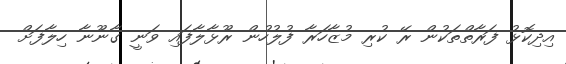
އިދިކޮޅު ފަރާތްތަކުން ރޭ ކުރި މުޒާހަރާ ފުލުހުން ރޫޅާލާފައި ވަނީ ގާނޫނާ ހިލާފަށް